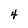
Character: 4